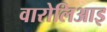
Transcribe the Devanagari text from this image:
वारोलिआइ